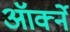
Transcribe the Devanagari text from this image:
ऑर्क्ने